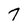
Character: 7